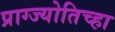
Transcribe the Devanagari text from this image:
प्राग्ज्योतिच्हा